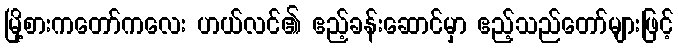
မြို့စားကတော်ကလေး ဟယ်လင်၏ ဧည့်ခန်းဆောင်မှာ ဧည့်သည်တော်များဖြင့်